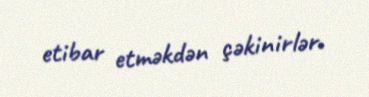
etibar etməkdən çəkinirlər.